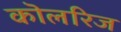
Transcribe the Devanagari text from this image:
कॊलरिज